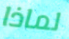
لماذا